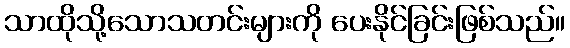
သာထိုသို့သောသတင်းများကို ပေးနိုင်ခြင်းဖြစ်သည်။